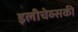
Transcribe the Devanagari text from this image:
इलीचेव्सकी